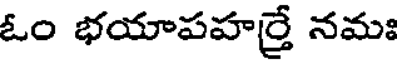
ఓం భయాపహర్రే నమః